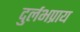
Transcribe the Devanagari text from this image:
दुर्लभप्राय